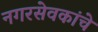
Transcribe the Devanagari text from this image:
नगरसेवकांचे